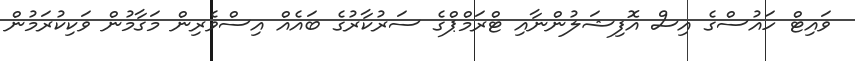
ވައިޓް ހައުސްގެ އިސް އޮފިޝަލުންނާއި ޓްރަމްޕްގެ ސަރުކާރުގެ ބައެއް އިސްވެރިން މަގާމުން ވަކިކުރަމުން